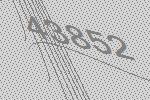
43852